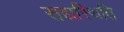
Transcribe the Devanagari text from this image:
सद्यस्थिति